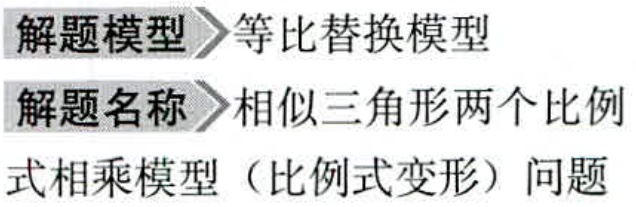
解题模型 等比替换模型
解题名称 相似三角形两个比例
式相乘模型（比例式变形）问题